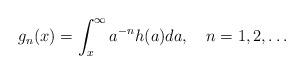
LaTeX: \begin{align*} g_n(x)=\int_x^\infty a^{-n} h(a) da, ~~~n=1,2,\dots\end{align*}